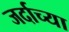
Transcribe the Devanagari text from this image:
जर्दाच्या